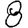
Digit: 8